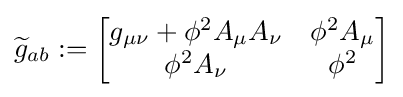
{\widetilde {g}}_{ab}:={\begin{bmatrix}g_{\mu \nu }+\phi ^{2}A_{\mu }A_{\nu }&\phi ^{2}A_{\mu }\\\phi ^{2}A_{\nu }&\phi ^{2}\end{bmatrix}}